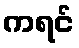
ကရင်